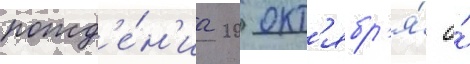
рожд'е́н'иа 20 окт'ябр'я́ о́